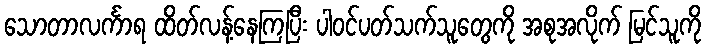
သောတာလင်္ကာရ ထိတ်လန့်နေကြပြီး ပါဝင်ပတ်သက်သူတွေကို အစုအလိုက် မြင်သူကို